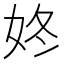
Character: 㚵